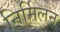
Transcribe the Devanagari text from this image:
निर्मिलन